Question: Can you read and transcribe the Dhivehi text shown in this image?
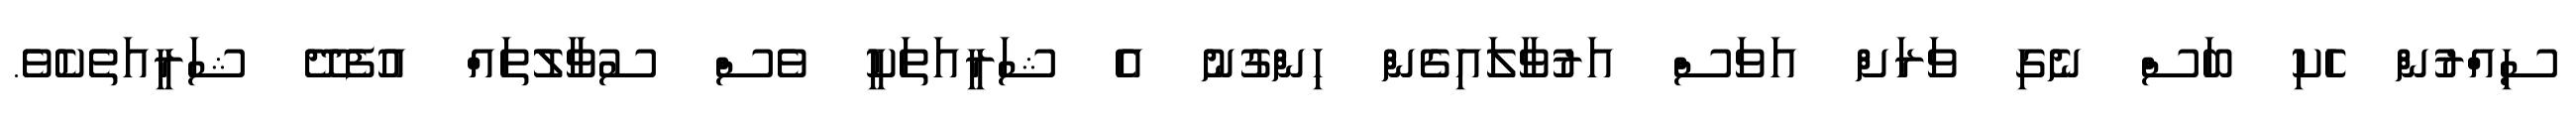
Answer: ސިއްރުން ހެކި ބަސް ނެގި ވަރަށް އަވަސް އަރުވާލައިގެން ހިންގުނު އެ ޝަރީއަތަކީ ވެސް ސުވާލުތައް އުފެދޭ ޝަރީއަތެކެވެ.